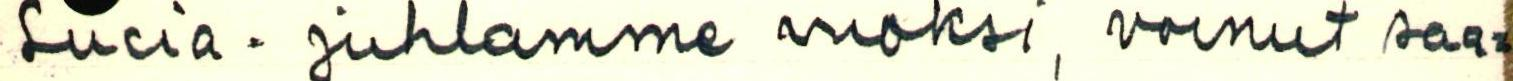
Lucia - juhlamme vuoksi, voinut saa=